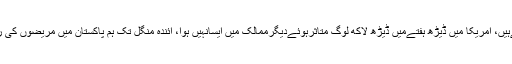
ڈاکٹر طاہر شمشی نے کہا کہ آئندہ8دنوں میں ہمیں اندازہ ہوجائےگاہم کس طرف جارہےہیں، امریکا میں ڈیڑھ ہفتےمیں ڈیڑھ لاکھ لوگ متاثرہوئےدیگرممالک میں ایسانہیں ہوا، آئندہ منگل تک ہم پاکستان میں مریضوں کی رفتارکاتعین کرلیں گے، حکومتی ہدایات پرسختی سےعمل کیاجائے،ہاتھ بار بار دھوئیں۔